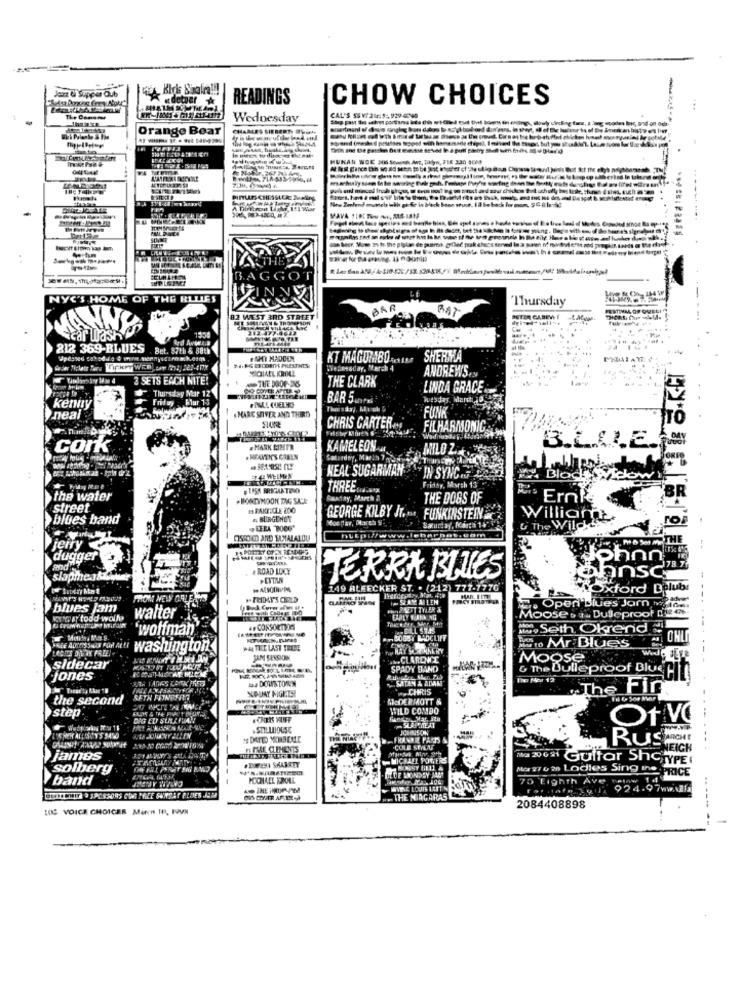
, KIris Kinalra !!!
detvar A
READINGS
CHOW CHOICES
Wednesday
CAL'S SS V. 21: $: 929-440
Orange Bear
CHARLES SIEBERT. Wie
HUNAN WOK 306 Somest Ans, Tikyn, F18 230 AC68
¥4
BAGGO
NYC'S HOME OF THE BLUES
Thursday
VANYY
BAR
BAT
82 WEST 3RD STREET
----
1954
212 377.061.
nasP
Ard Avsen,a
212 369-BLUES
Bet. 87th 5 88th
BAHT MADCEN
SHERITA
Wednesday, March 4
3 SETS EACH NITE!
THE DOOP-26
THE CLARK
ANDREW'S.
Thursday Mar 12
LINDA GRACE
Friday Flur 13
#BALL COELHO
BAR Sufri
We'sday. March
kenny
MARC SHIVER AND THIRTY
FUNK
neal
CHRIS CARTER ..
FILHARASONIC
cork
.MARK MIMER
KAMELEON M.
B.L.LI.E.
Saturday, March 7
HEAL SUGARMAN
EP 42 WELMEN
" IN SYNG J ARS
Friday, March 13 ..
Blodt
LASS BRIGAATERO
THREE
the water
. HONEYMOON DAG SALE
Soniny, March &
THE DOGS OF
Ernk
street
blues band
. BURGUNOT
GEORGE KILBY JT. ..., FUNKINSTEIN
Willich
L The Wild
jerry
CISSOKO AND TAMALALOU
THE
dugger
phnn
# ROAD LUCY
slapmeat?
PENTAA
TERRA BLUES
ahnsc
Sunday hta !
149 BLEECKER ST. . (212) 777-7770
xford DE
1 SLAM ALLEN
. Operi Blues Jom w
. .
blues Jam
PRO MEUT TYLER &
wwwst todd wall
walter
Moose & #. Bulleproof
`wolfman
.DLL STAS
Seth Okrend
BOBBY RADCLIFF
CHLI
"ALE Arinsson For wu washington.
PA TILE LAST TRIBE
HAY SCREMNERY
Is to Mr Blues
JAM SESSION
... CLARENCE
Moose
sidecar
SPADY BAND
& The Dulleproof Bluseit
jones
ma DOWNTOWN
SATAN & ADAMI
CHRIS
The Fin
the second
SETH FEINDERIFT
McDERMOTT &
step.
GLOS & THE PIVET BOYA
WILD COMDO
CHERS HUFF
SLAPTTEAT
Of VO
SOLLIOUSE
JCHOUSON
'S DATED MONDEME
FRANKIE PARTS &
n PME CLEMENTS
COLE SEMENT
LEIGH
james
IF24 SKABEET
MICHAEL PORTERS
ila 20041 Guttar ShoryPER
solberg
BLUE MOONPEY MAAT
band
Me 27 0 28 Lodies Sing ine PRICE
70 Eighth Ave neinw 1 d
924.97wwwla
THE NIAGARAS
100 VOICE CHOICES Man IN, 19VM
2084408898
-**